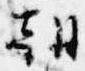
朝